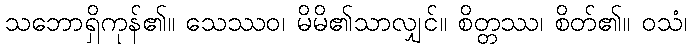
သဘောရှိကုန်၏။ သေဿဝ၊ မိမိ၏သာလျှင်။ စိတ္တဿ၊ စိတ်၏။ ဝသံ၊